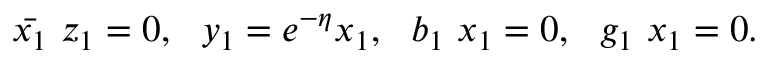
\bar { x _ { 1 } } ~ z _ { 1 } = 0 , ~ ~ y _ { 1 } = e ^ { - \eta } x _ { 1 } , ~ ~ b _ { 1 } ~ x _ { 1 } = 0 , ~ ~ g _ { 1 } ~ x _ { 1 } = 0 .